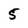
Character: 5